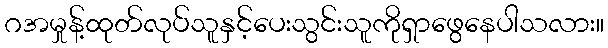
ဂအမှုန့်ထုတ်လုပ်သူနှင့်ပေးသွင်းသူကိုရှာဖွေနေပါသလား။